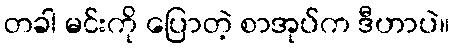
တခါ မင်းကို ပြောတဲ့ စာအုပ်က ဒီဟာပဲ။